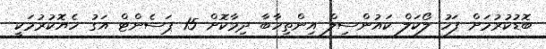
ބޮޑުކުރުމަށް ފަހު ލޯކަލް ކައުންސިލް އިންތިހާބާ ދިމާކޮށް 15 ޕަސެންޓް އަގު ހެޔޮކުރުމަކީ